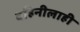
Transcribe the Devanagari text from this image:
वहिनीलाही